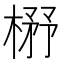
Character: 𰘃